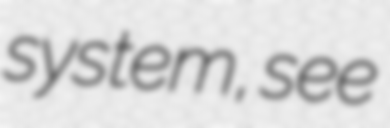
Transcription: system, see